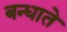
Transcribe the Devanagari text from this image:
बन्धाते